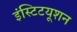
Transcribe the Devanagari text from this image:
इंस्टिटयूशन